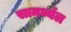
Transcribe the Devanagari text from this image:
सामर्थ्यल